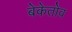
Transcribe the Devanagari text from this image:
बेकेतोव